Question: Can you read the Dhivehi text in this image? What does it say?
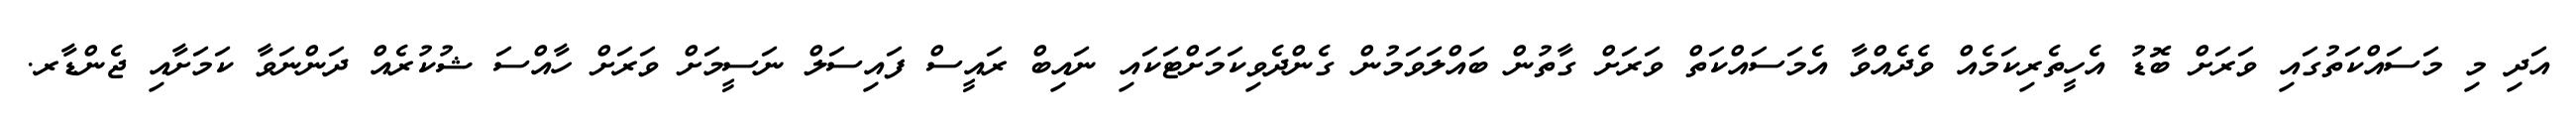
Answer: އަދި މި މަސައްކަތުގައި ވަރަށް ބޮޑު އެހީތެރިކަމެއް ވެދެއްވާ އެމަސައްކަތް ވަރަށް ގާތުން ބައްލަވަމުން ގެންދެވިކަމަށްޓަކައި ނައިބް ރައީސް ފައިސަލް ނަސީމަށް ވަރަށް ހާއްސަ ޝުކުރެއް ދަންނަވާ ކަމަށާއި ޖެންޑާރ.